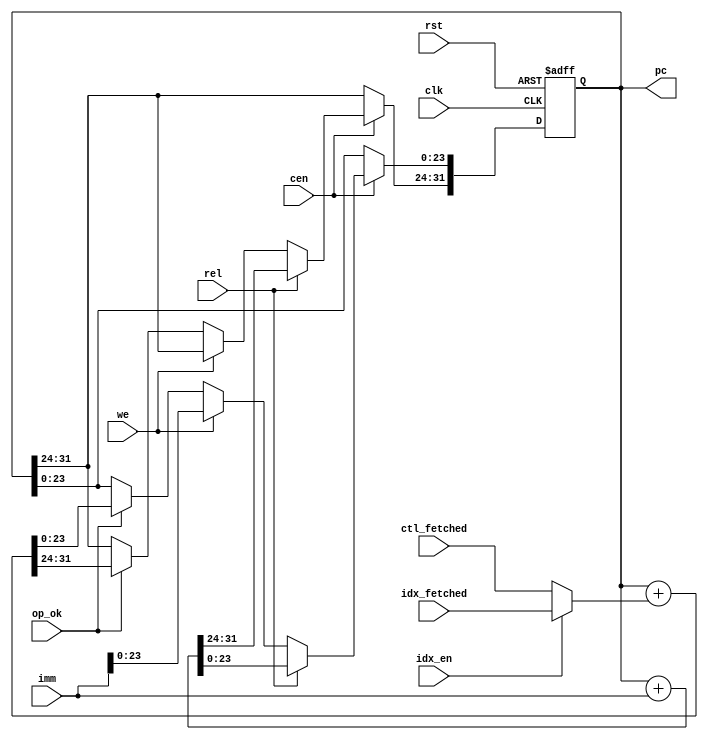
/*  This file is part of JT900H.
    JT900H program is free software: you can redistribute it and/or modify
    it under the terms of the GNU General Public License as published by
    the Free Software Foundation, either version 3 of the License, or
    (at your option) any later version.

    JT900H program is distributed in the hope that it will be useful,
    but WITHOUT ANY WARRANTY; without even the implied warranty of
    MERCHANTABILITY or FITNESS FOR A PARTICULAR PURPOSE.  See the
    GNU General Public License for more details.

    You should have received a copy of the GNU General Public License
    along with JT900H.  If not, see <http://www.gnu.org/licenses/>.

    Author: Jose Tejada Gomez. https://patreon.com/jotego
    Version: 1.0
    Date: 2-12-2021 */

module jt900h_pc(
    input             rst,
    input             clk,
    input             cen,

    input      [ 2:0] idx_fetched,
    input             idx_en,
    input             op_ok,
    input      [ 2:0] ctl_fetched,

    input      [31:0] imm,
    input             we,
    input             rel,

    output reg [31:0] pc
);

parameter PC_RSTVAL=0;

`ifdef SIMULATION
    wire [11:0] pc_short = pc[11:0];
    wire [23:0] pc24     = pc[23:0];
`endif

always @(posedge clk, posedge rst) begin
    if( rst ) begin
        pc <= PC_RSTVAL;
    end else if(cen) begin
        if( rel ) begin // 8-bit relative jump
            pc <= pc + imm;
        end else if( we ) begin
            pc[23:0] <= imm[23:0];    // should I clear the upper bits?
        end else if( op_ok ) begin
            pc <= pc + {29'd0, idx_en ? idx_fetched : ctl_fetched};
        end
    end
end

endmodule